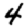
Digit: 4